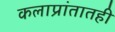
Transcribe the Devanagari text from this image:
कलाप्रांतातही